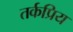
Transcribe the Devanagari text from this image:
तर्कप्रिय